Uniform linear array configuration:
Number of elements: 8
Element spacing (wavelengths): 0.25
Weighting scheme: blackman
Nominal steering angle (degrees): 0
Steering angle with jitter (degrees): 1.329
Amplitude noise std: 0.05
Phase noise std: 0.05

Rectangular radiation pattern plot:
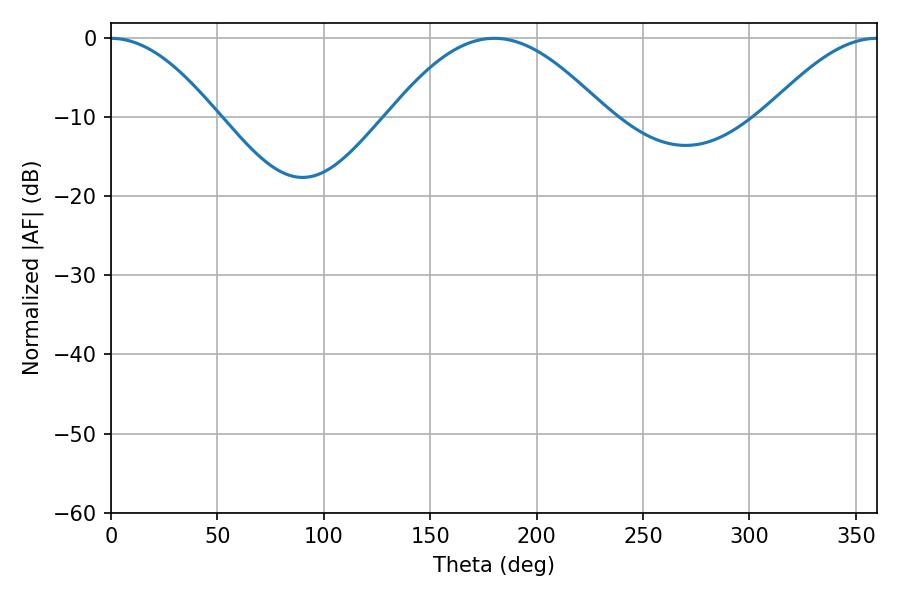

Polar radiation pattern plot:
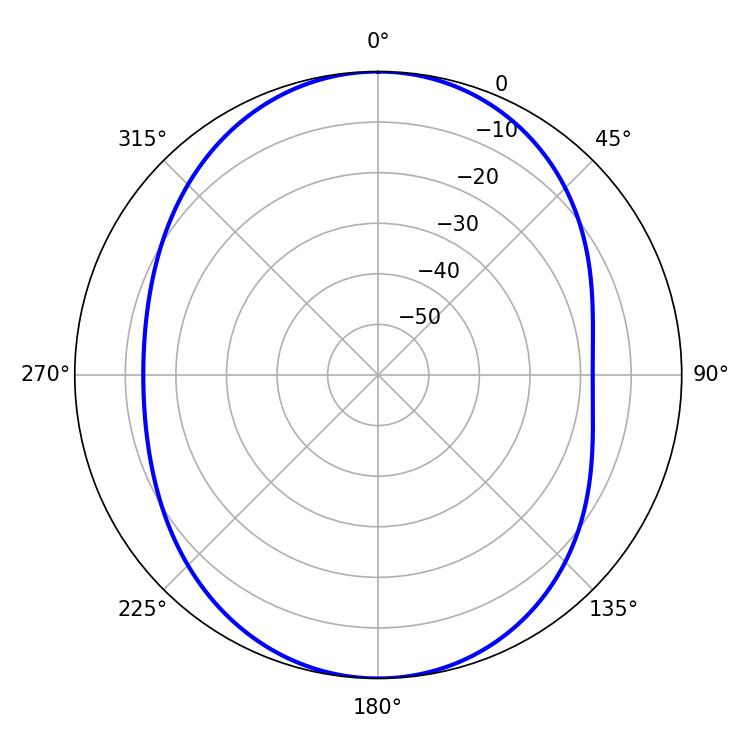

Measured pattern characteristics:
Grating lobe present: FALSE
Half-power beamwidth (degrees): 55.08
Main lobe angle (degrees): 180.18